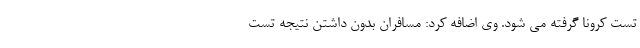
تست کرونا گرفته می شود. وی اضافه کرد: مسافران بدون داشتن نتیجه تست